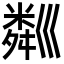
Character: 𥻘